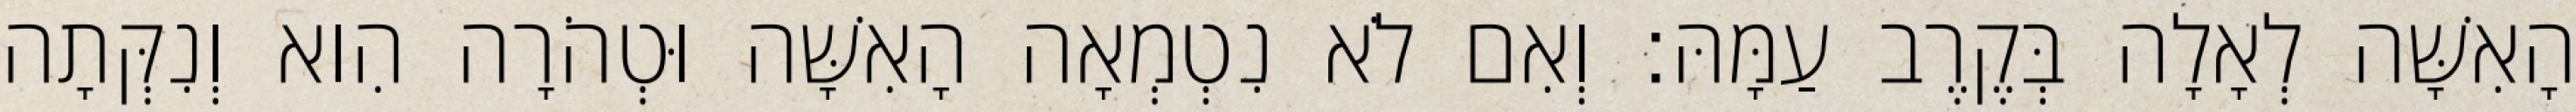
הָאִשָּׁה לְאָלָה בְּקֶרֶב עַמָּהּ׃ וְאִם לֹא נִטְמְאָה הָאִשָּׁה וּטְהֹרָה הִוא וְנִקְּתָה